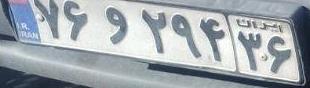
۷۶و۲۹۴۳۶